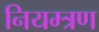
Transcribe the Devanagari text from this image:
नियम्त्रण